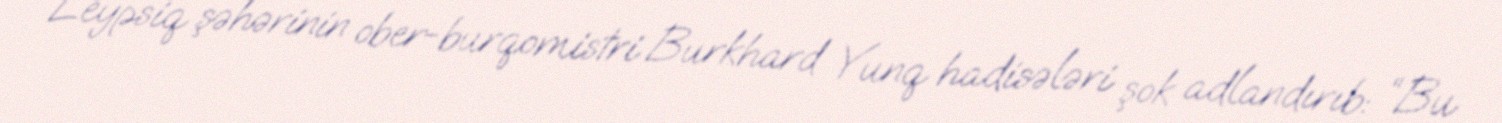
Leypsiq şəhərinin ober-burqomistri Burkhard Yunq hadisələri şok adlandırıb: “Bu